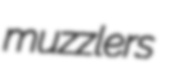
muzzlers